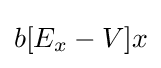
b[E_{x}-V]x